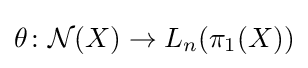
\theta \colon {\mathcal {N}}(X)\to L_{n}(\pi _{1}(X))